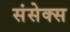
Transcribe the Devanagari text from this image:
संसेक्स